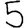
Digit: 5